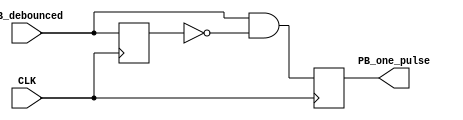
`timescale 1ns / 1ps

module onepulse (PB_debounced, CLK, PB_one_pulse);
input PB_debounced;
input CLK;
output PB_one_pulse;
reg PB_one_pulse;
reg PB_debounced_delay;
always @(posedge CLK) begin
    PB_one_pulse <= PB_debounced & (! PB_debounced_delay);
    PB_debounced_delay <= PB_debounced;
end

endmodule